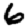
Digit: 6